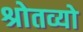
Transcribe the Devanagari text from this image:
श्रोतव्यो